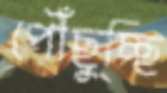
পৌঁছুচ্ছি